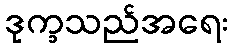
ဒုက္ခသည်အရေး